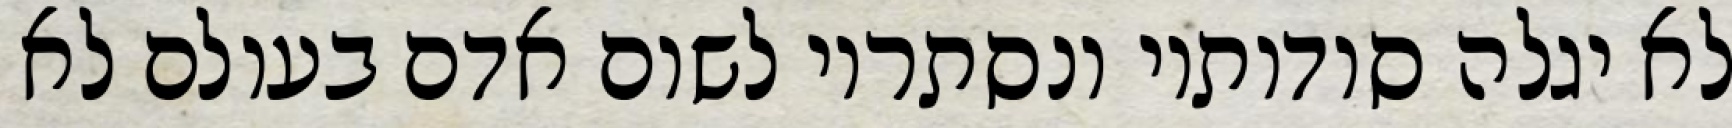
לא יגלה סודותיו ונסתריו לשום אדם בעולם לא